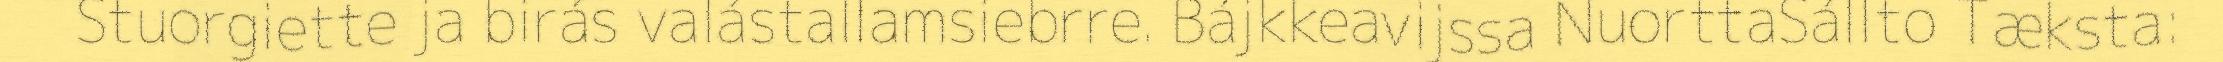
Stuorgiette ja birás valástallamsiebrre. Bájkkeavijssa NuorttaSállto Tæksta: